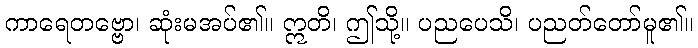
ကာရေတဗ္ဗော၊ ဆုံးမအပ်၏။ ဣတိ၊ ဤသို့။ ပညပေသိ၊ ပညတ်တော်မူ၏။